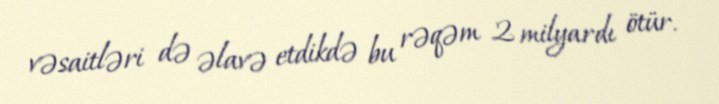
vəsaitləri də əlavə etdikdə bu rəqəm 2 milyardı ötür.